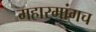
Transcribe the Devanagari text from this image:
महारमांगच